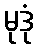
မုဒုံ